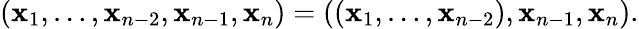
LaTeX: (\mathbf{x}_{1},\ldots,\mathbf{x}_{n-2},\mathbf{x}_{n-1},\mathbf{x}_{n})=((\mathbf{x}_{1},\ldots,\mathbf{x}_{n-2}),\mathbf{x}_{n-1},\mathbf{x}_{n}).